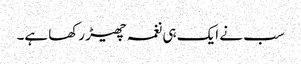
سب نے ایک ہی نغمہ چھیڑ رکھا ہے۔